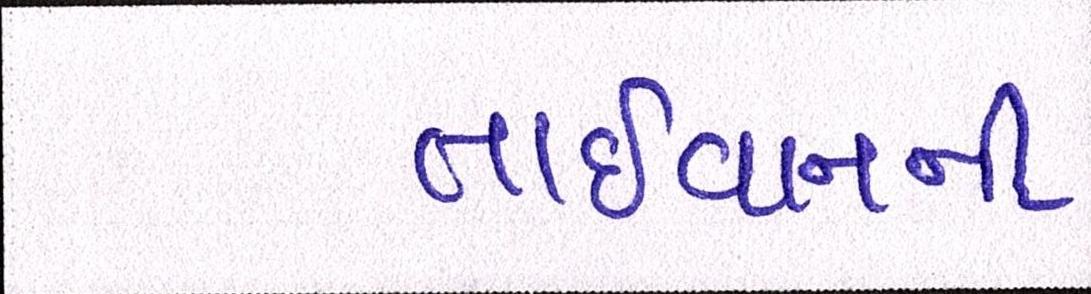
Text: તાઈવાનની